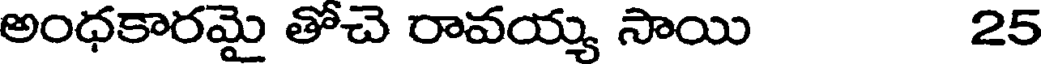
అంధకారమై తోచె రావయ్య సాయి 25